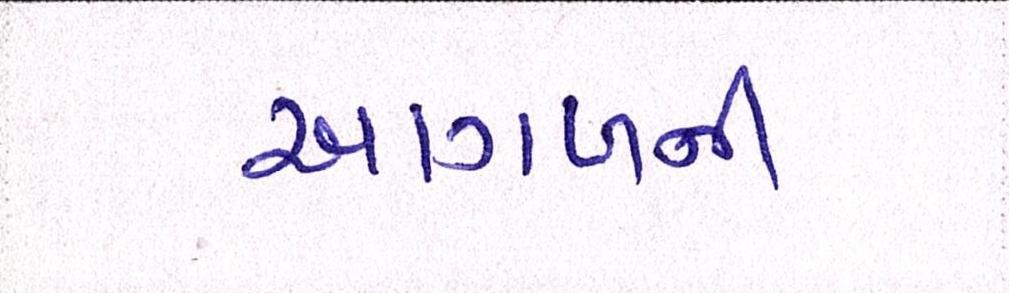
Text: આગળની